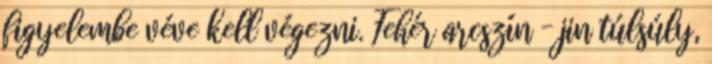
figyelembe véve kell végezni. Fehér arcszín – jin túlsúly,